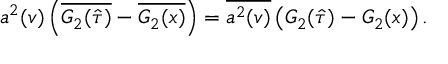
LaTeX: a ^ { 2 } ( v ) \left( \overline { { { { \cal G } _ { 2 } ( \hat { \tau } ) } } } - \overline { { { { \cal G } _ { 2 } ( x ) } } } \right) = \overline { { { { a ^ { 2 } } ( v ) } } } \left( { \cal G } _ { 2 } ( \hat { \tau } ) - { \cal G } _ { 2 } ( x ) \right) .